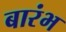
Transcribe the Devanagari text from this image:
बारंभ